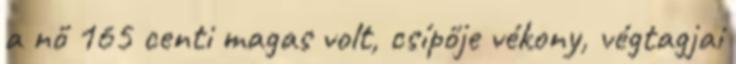
a nő 165 centi magas volt, csípője vékony, végtagjai